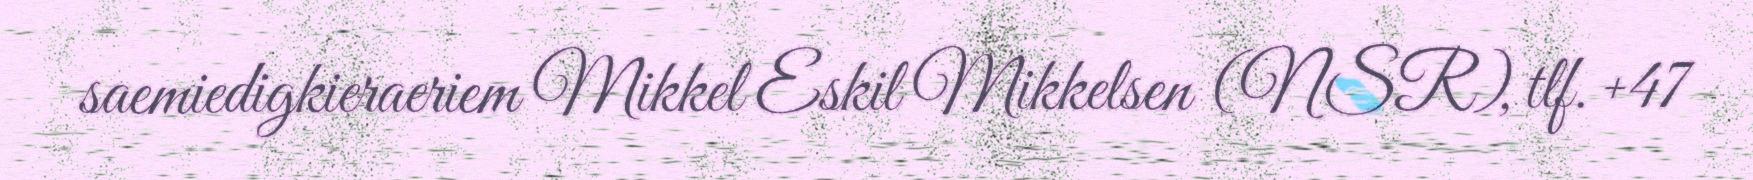
saemiedigkieraeriem Mikkel Eskil Mikkelsen (NSR), tlf. +47